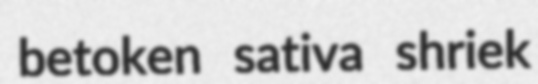
betoken sativa shriek